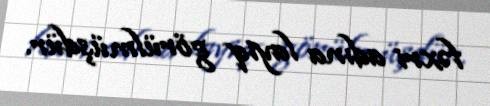
fəxri adına layiq görülmüşdür.